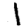
Digit: 1